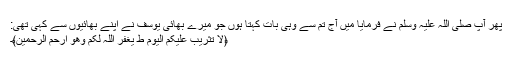
پھر آپ صلی اللہ علیہ وَسلم نے فرمایا میں آج تم سے وہی بات کہتا ہوں جو میرے بھائی یوسف نے اَپنے بھائیوں سے کہی تھی:
﴿لَا تَثْرِیْبَ عَلَیْکُمُ الْیَوْمَ ط یَغْفِرُ اللّٰہُ لَکُمْ وَھُوَ اَرْحَمُ الرّٰحِمِیْنَ﴾۔